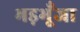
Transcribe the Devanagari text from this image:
भड़भूँजा